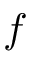
f